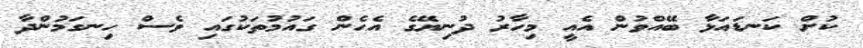
ކުށް ކަނޑައަޅާ ބޭއްވުން އެއީ މިހާރު ދުނިޔޭގެ އެހެން ގައުމުތަކުގައި ވެސް ހިނގަމުންދާ